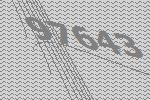
97643